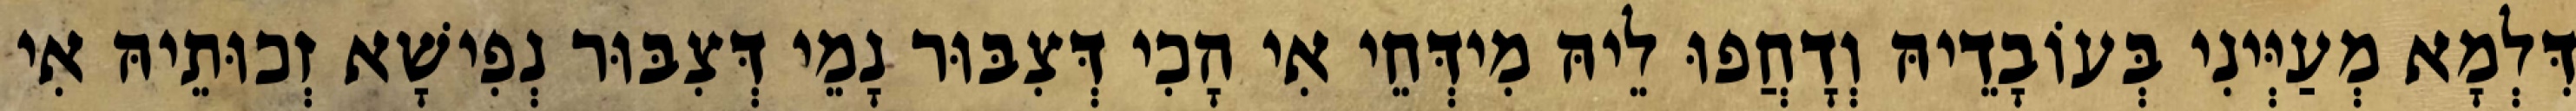
דִּלְמָא מְעַיְּינִי בְּעוֹבָדֵיהּ וְדָחֲפוּ לֵיהּ מִידְּחֵי אִי הָכִי דְּצִבּוּר נָמֵי דְּצִבּוּר נְפִישָׁא זְכוּתֵיהּ אִי